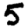
Digit: 5